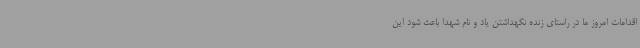
اقدامات امروز ما در راستای زنده نگهداشتن یاد و نام شهدا باعث شود این